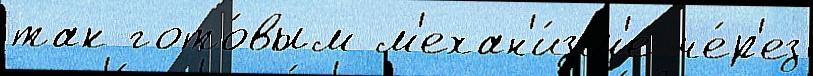
так гото́вым м'ехан'и́зм'е че́р'ез